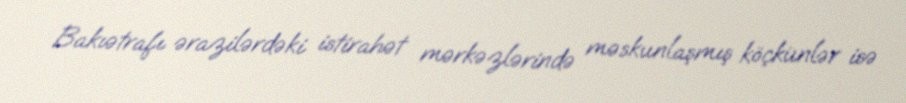
Bakıətrafı ərazilərdəki istirahət mərkəzlərində məskunlaşmış köçkünlər isə